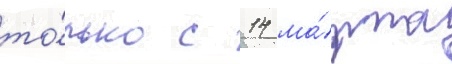
то́лько с 14 ма́рта